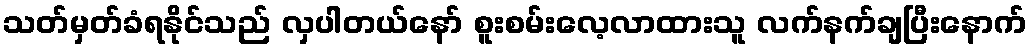
သတ်မှတ်ခံရနိုင်သည် လှပါတယ်နော် စူးစမ်းလေ့လာထားသူ လက်နက်ချပြီးနောက်